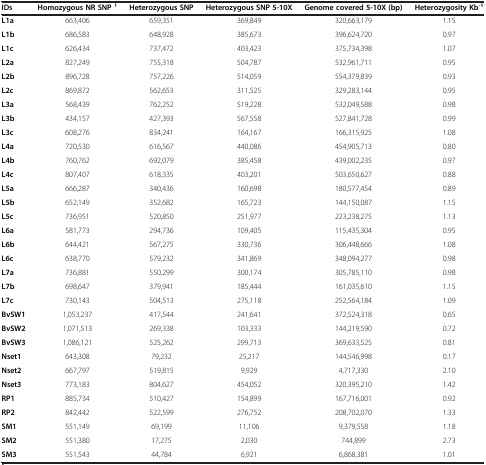
<table><thead><tr><td><b>IDs</b></td><td><b>Homozygous NR SNP<sup>1</sup></b></td><td><b>Heterozygous SNP</b></td><td><b>Heterozygous SNP 5-10X</b></td><td><b>Genome covered 5-10X (bp)</b></td><td><b>Heterozygosity Kb<sup>-1</sup></b></td></tr></thead><tbody><tr><td><b>L1a</b></td><td>663,406</td><td>659,351</td><td>369,849</td><td>320,663,179</td><td>1.15</td></tr><tr><td><b>L1b</b></td><td>686,583</td><td>648,928</td><td>385,673</td><td>396,624,720</td><td>0.97</td></tr><tr><td><b>L1c</b></td><td>626,434</td><td>737,472</td><td>403,423</td><td>375,734,398</td><td>1.07</td></tr><tr><td><b>L2a</b></td><td>827,249</td><td>755,318</td><td>504,787</td><td>532,961,711</td><td>0.95</td></tr><tr><td><b>L2b</b></td><td>896,728</td><td>757,226</td><td>514,059</td><td>554,379,839</td><td>0.93</td></tr><tr><td><b>L2c</b></td><td>869,872</td><td>562,653</td><td>311,525</td><td>329,283,144</td><td>0.95</td></tr><tr><td><b>L3a</b></td><td>568,439</td><td>762,252</td><td>519,228</td><td>532,049,588</td><td>0.98</td></tr><tr><td><b>L3b</b></td><td>434,157</td><td>427,393</td><td>567,558</td><td>527,841,728</td><td>0.99</td></tr><tr><td><b>L3c</b></td><td>608,276</td><td>834,241</td><td>164,167</td><td>166,315,925</td><td>1.08</td></tr><tr><td><b>L4a</b></td><td>720,530</td><td>616,567</td><td>440,086</td><td>454,905,713</td><td>0.80</td></tr><tr><td><b>L4b</b></td><td>760,762</td><td>692,079</td><td>385,458</td><td>439,002,235</td><td>0.97</td></tr><tr><td><b>L4c</b></td><td>807,407</td><td>618,335</td><td>403,201</td><td>503,650,627</td><td>0.88</td></tr><tr><td><b>L5a</b></td><td>666,287</td><td>340,436</td><td>160,698</td><td>180,577,454</td><td>0.89</td></tr><tr><td><b>L5b</b></td><td>652,149</td><td>352,682</td><td>165,723</td><td>144,150,087</td><td>1.15</td></tr><tr><td><b>L5c</b></td><td>736,951</td><td>520,850</td><td>251,977</td><td>223,238,275</td><td>1.13</td></tr><tr><td><b>L6a</b></td><td>581,773</td><td>294,736</td><td>109,405</td><td>115,435,304</td><td>0.95</td></tr><tr><td><b>L6b</b></td><td>644,421</td><td>567,275</td><td>330,736</td><td>306,448,666</td><td>1.08</td></tr><tr><td><b>L6c</b></td><td>638,770</td><td>579,232</td><td>341,869</td><td>348,094,277</td><td>0.98</td></tr><tr><td><b>L7a</b></td><td>736,881</td><td>550,299</td><td>300,174</td><td>305,785,110</td><td>0.98</td></tr><tr><td><b>L7b</b></td><td>698,647</td><td>379,941</td><td>185,444</td><td>161,035,610</td><td>1.15</td></tr><tr><td><b>L7c</b></td><td>730,143</td><td>504,513</td><td>275,118</td><td>252,564,184</td><td>1.09</td></tr><tr><td><b>BvSW1</b></td><td>1,053,237</td><td>417,544</td><td>241,641</td><td>372,524,318</td><td>0.65</td></tr><tr><td><b>BvSW2</b></td><td>1,071,513</td><td>269,338</td><td>103,333</td><td>144,219,590</td><td>0.72</td></tr><tr><td><b>BvSW3</b></td><td>1,086,121</td><td>525,262</td><td>299,713</td><td>369,633,525</td><td>0.81</td></tr><tr><td><b>Nset1</b></td><td>643,308</td><td>79,232</td><td>25,217</td><td>144,546,998</td><td>0.17</td></tr><tr><td><b>Nset2</b></td><td>667,797</td><td>519,815</td><td>9,929</td><td>4,717,330</td><td>2.10</td></tr><tr><td><b>Nset3</b></td><td>773,183</td><td>804,627</td><td>454,052</td><td>320,395,210</td><td>1.42</td></tr><tr><td><b>RP1</b></td><td>885,734</td><td>510,427</td><td>154,899</td><td>167,716,001</td><td>0.92</td></tr><tr><td><b>RP2</b></td><td>842,442</td><td>522,599</td><td>276,752</td><td>208,702,070</td><td>1.33</td></tr><tr><td><b>SM1</b></td><td>551,149</td><td>69,199</td><td>11,106</td><td>9,379,558</td><td>1.18</td></tr><tr><td><b>SM2</b></td><td>551,380</td><td>17,275</td><td>2,030</td><td>744,899</td><td>2.73</td></tr><tr><td><b>SM3</b></td><td>551,543</td><td>44,784</td><td>6,921</td><td>6,868,381</td><td>1.01</td></tr></tbody></table>